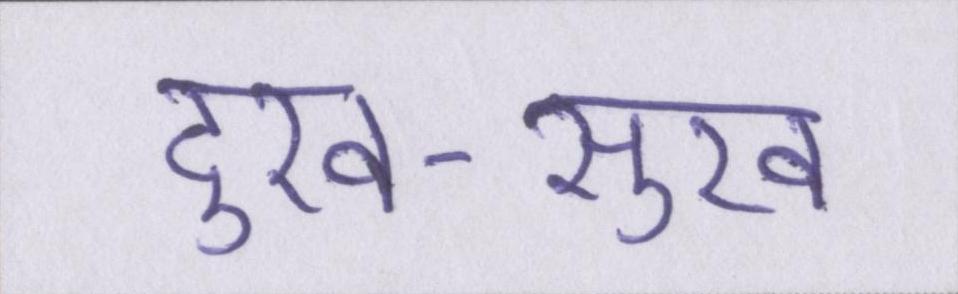
दुख-सुख